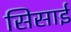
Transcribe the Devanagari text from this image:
सिसाई